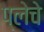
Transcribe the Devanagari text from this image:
प्लेचे